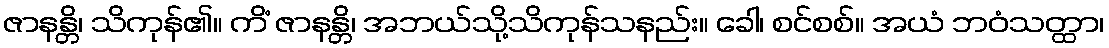
ဇာနန္တိ၊ သိကုန်၏။ ကိံ ဇာနန္တိ၊ အဘယ်သို့သိကုန်သနည်း။ ခေါ၊ စင်စစ်။ အယံ ဘဝံသတ္ထာ၊